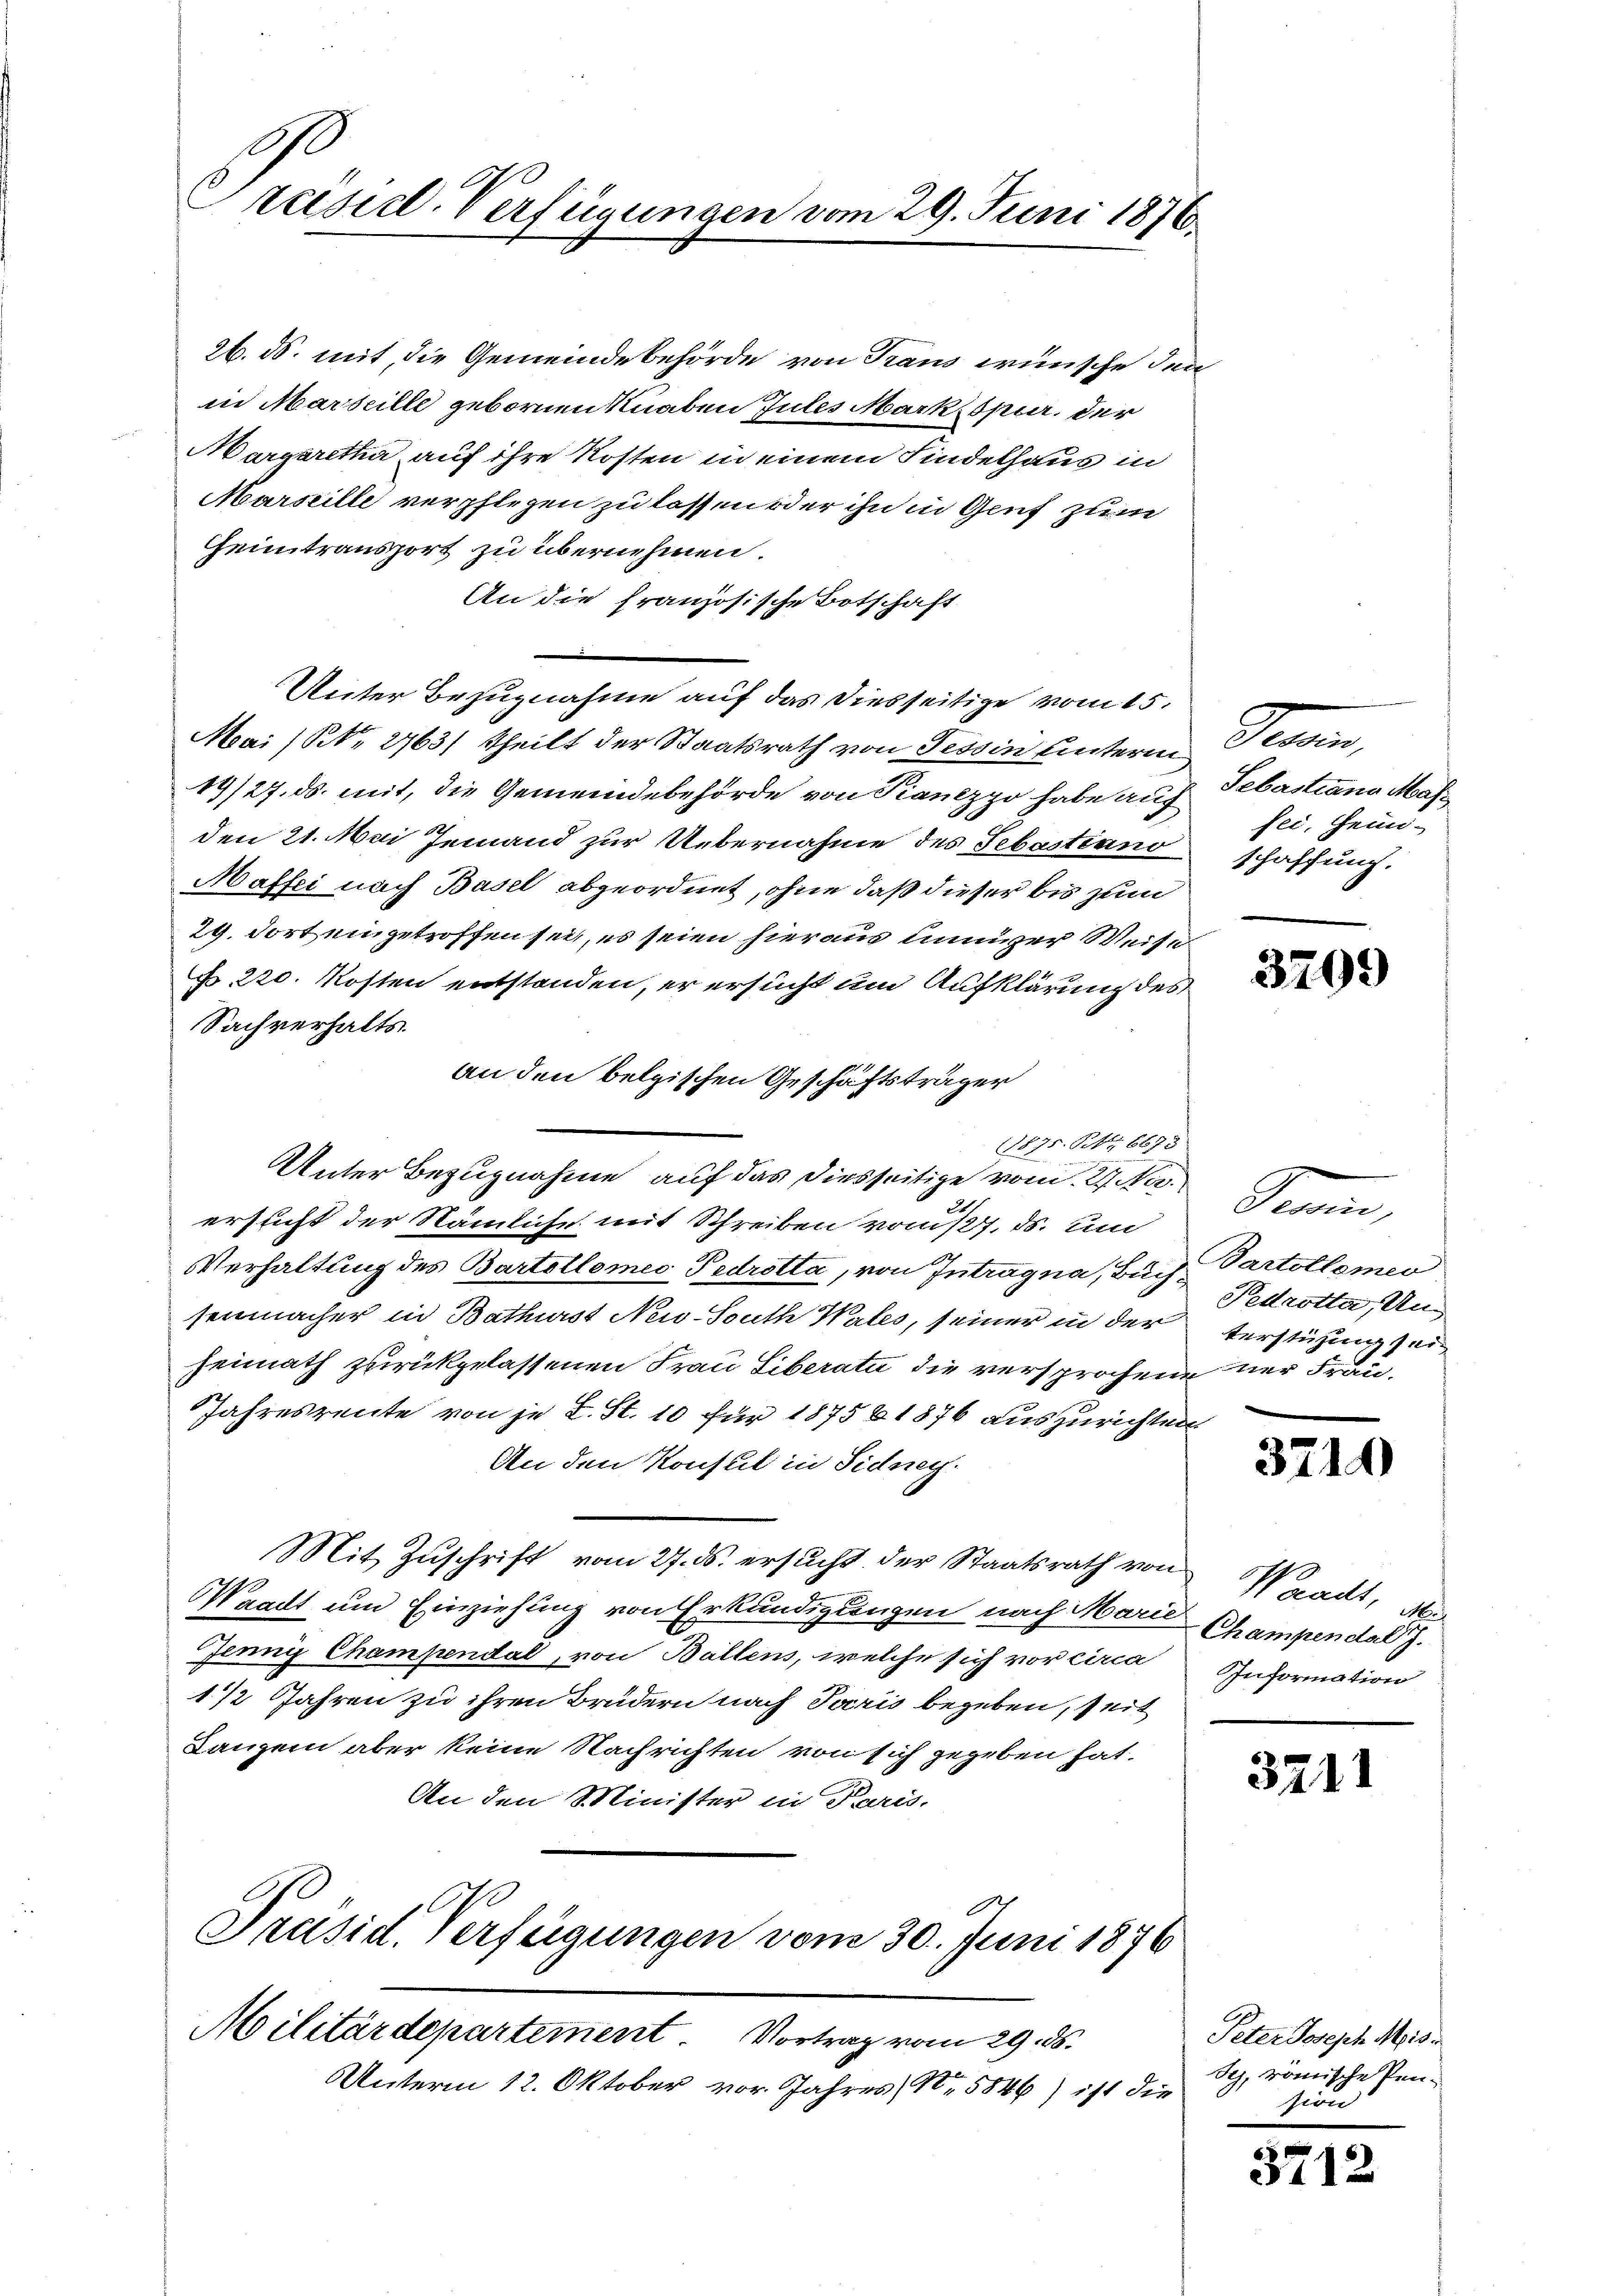
A
Präsid-Verfügungen vom 29. Juni 1876.

26. ds. mit, die Gemeindebehörde von Traus wünsche den
in Marseille gebornen Knaben Jules Mark, spier, der
Margaretha auf ihre Kosten in einem Findelhaus in
Marseille verpflegen zu lassen oder ihn in Genf zum
Geintransport zu übernehmen.
An die französische Botschaft
Unter Bezugnahme auf das diesseitige vom 15.
Mai (N. 2763/ theilt der Staatsrath von Tessin unterm
19/27. ds. mit, die Gemeindebehörde von Pianizzo habe auf
den 21. Mai Jemand zur Uebernahme des Sebastiano
Haffei nach Basel abgeordnet, ohne daß dieser bis zum
29. dort eingetroffen sei, es seien hieraus inniger Weise
N 220. Kosten entstanden, er ersucht und Aufklärung des
Sachverhalts.
an den belgischen Geschäftsträger
11875. Bz. 6675
Unter Bezugnahme auf das diesseitige vom 27. No.
ersucht der Nämliche mit Schreiben vom 127. ds. um
Verhaltung des Bartollomeo Pedrotta, von Intragna, Buch Partollemen
senmacher in Bathurst Neu-South Wates, seiner in der
heimath zurückgelassenen Frau Liberatu die versprochene ner Frau¬
Jahresreute von je L. St. 10 für 187561876 auszurichten
An den Konsul in Sidney-
Mit Zŭschrift vom 27. ds. ersucht der Staatsrath von Waadt,
Waadt um Einziehung von Erkundigungen nach Marie Champendal J.
Jenny Champendal, von Ballens, welche sich vor circa Information
1/2 Jahren zu ihren Brüdern nach Paris begeben, seit
Lanzen aber keine Nachrichten von sich gegeben hat.
An den Minister in Paris.

Präsid. Verfügungen vom 30. Juni 1876

Militärdepartement Vortrag vom 29. ds.
Unterm 12. Oktober vor. Jahres, No. 5846) ist die

Sam
Sebastiana Mas
fei, Hein-
schaffung.

3799

Kan
Pedrotta, Unterstüzung sei

3710

3211

Peter Joseph Meise
Sch, römische Pen-
sion

371.